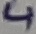
Text: 4